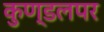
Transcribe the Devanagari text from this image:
कुण्डलपर